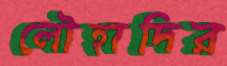
লৌহাদির